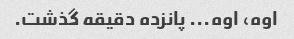
اوه، اوه... پانزده دقیقه گذشت.